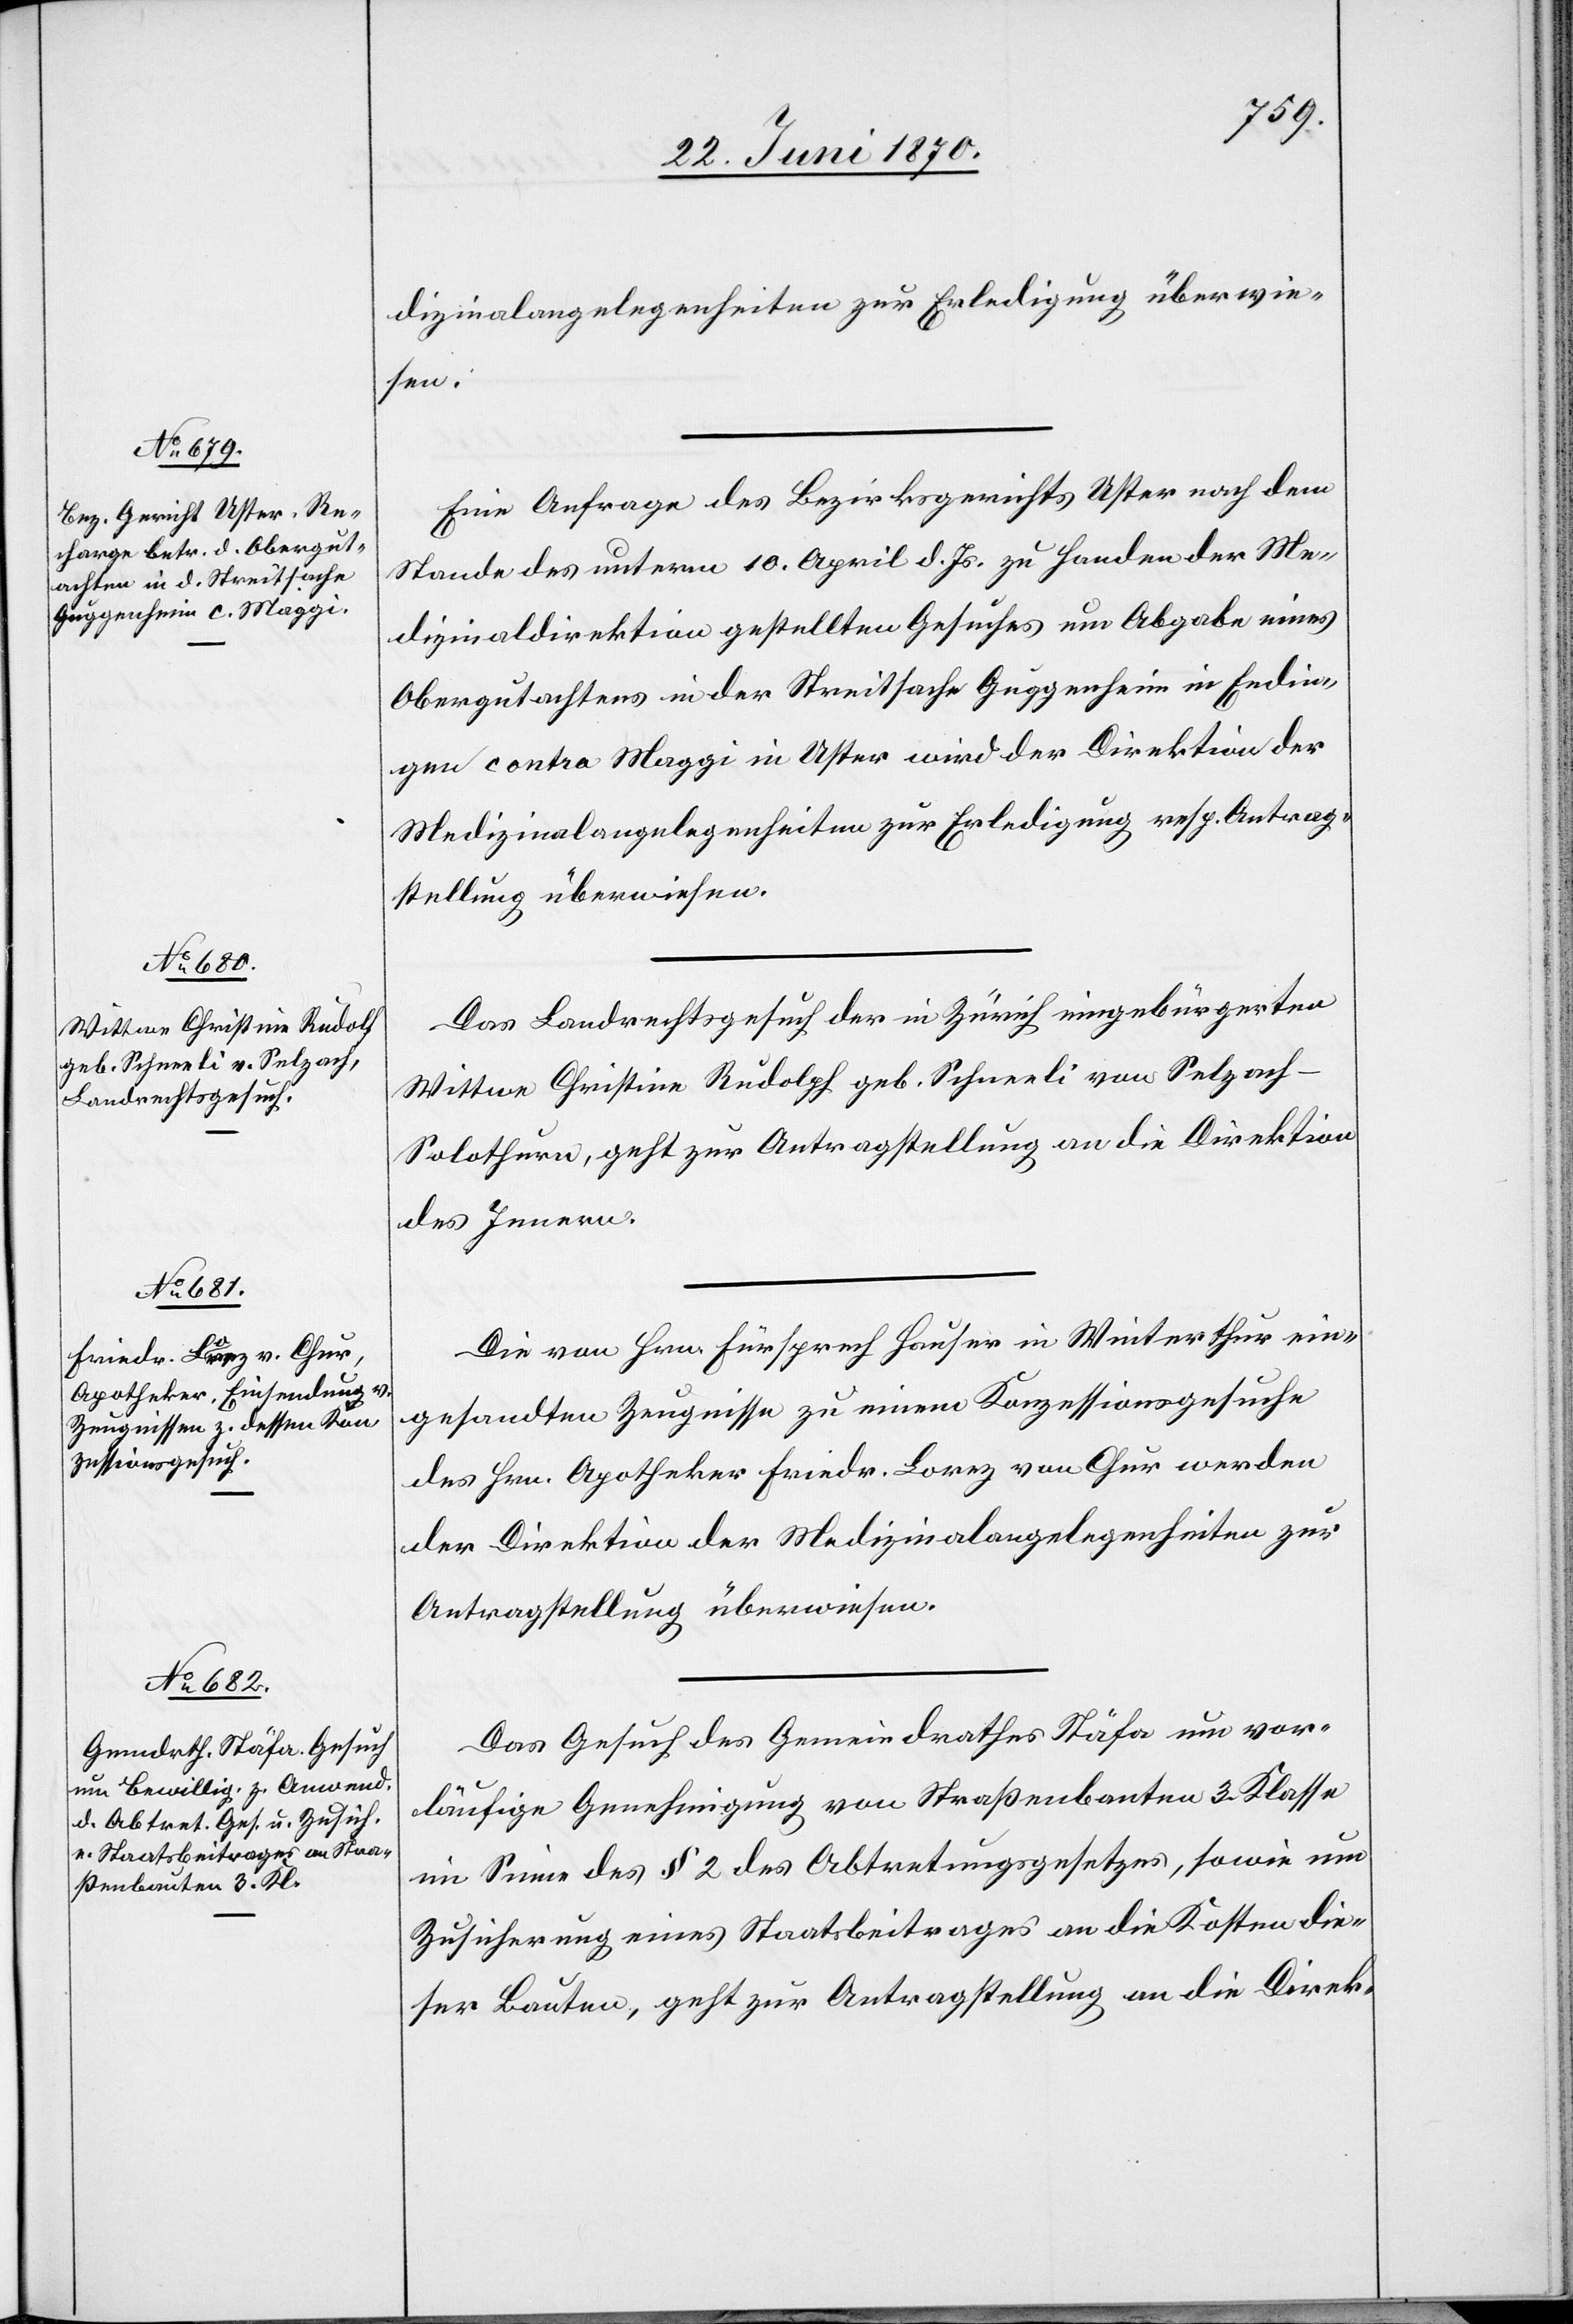
23. Juni 1870.]
dizinalangelegenheiten zur Erledigung überwie¬
sen.
Eine Anfrage des Bezirksgerichts Uster nach dem
Stande des unterm 10. April d. Js. zu Handen der Me¬
dizinaldirektion gestellten Gesuches um Abgabe eines
Obergutachtens in der Streitsache Guggenheim in Endin¬
gen contra Maggi in Uster wird der Direktion der
Medizinalangelegenheiten zur Erledigung resp. Antrag¬
stellung überwiesen.
Das Landrechtsgesuch der in Zürich eingebürgerten
Wittwe Christine Rudolph geb. Schneeli von Selzach
Solothurn, geht zur Antragstellung an die Direktion
des Innern.
Die von Hrn. Fürsprech Hauser in Winterthur ein¬
gesandten Zeugnisse zu einem Konzessionsgesuche
des Hrn. Apotheker Friedr. Lorez von Chur werden
der Direktion der Medizinalangelegenheiten zur
Antragstellung überwiesen.
Das Gesuch des Gemeindrathes Stäfa um vor¬
läufige Genehmigung von Straßenbauten 3. Klasse
im Sinne des § 2 des Abtretungsgesetzes, sowie um
Zusicherung eines Staatsbeitrages an die Kosten die¬
ser Bauten, geht zur Antragstellung an die Direk-